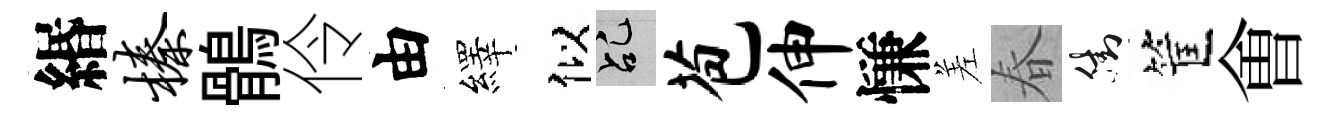
緡榛鶻伶由繹似乩苞伸慊差春街筐㑹